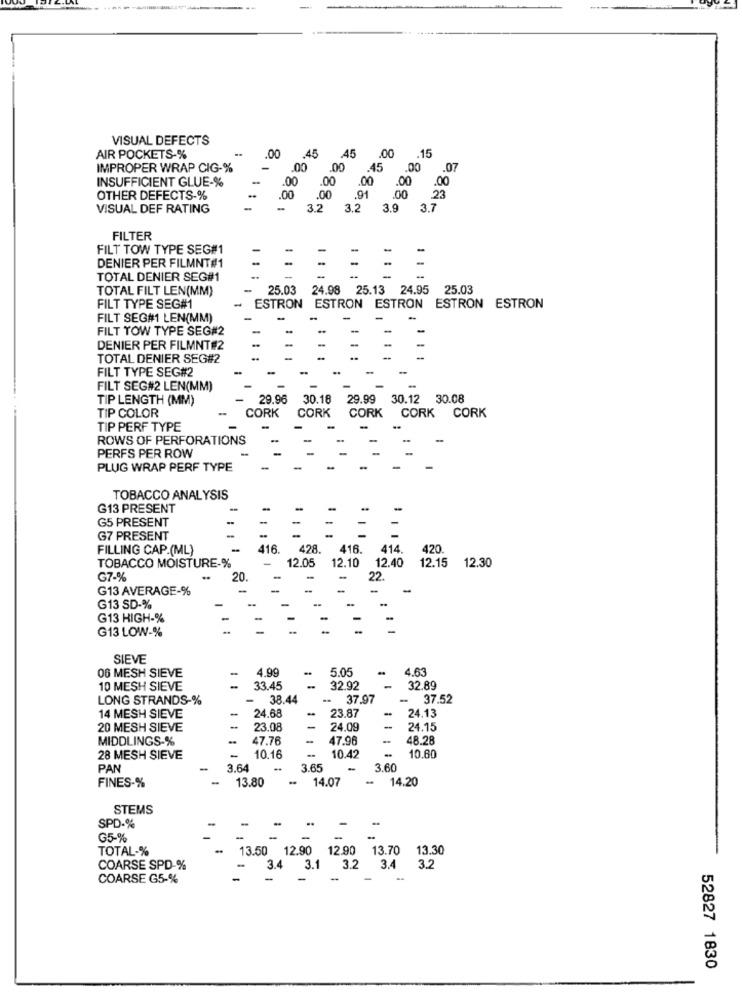
VISUAL DEFECTS
AIR POCKETS-%
.00
IMPROPER WRAP CIG-%
.07
INSUFFICIENT GLUE-%
-
.00
.00
..
.00
.00
OTHER DEFECTS-%
30
23
VISUAL DEF RATING
9888 1
4.88.8. 7
8.2. 8 6 0
3.7
98888
FILTER
FILT TOW TYPE SEG#1
-
DENIER PER FILMNT#1
-
TOTAL DENIER SEG#1
TOTAL FILT LEN(MM)
25.03
24.98 25.13 24.95 25.03
FILT TYPE SEG#1
ESTRON ESTRON ESTRON ESTRON ESTRON
FILT SEG#1 LEN(MM)
FILT TOW TYPE SEG#2
DENIER PER FILMNT#2
TOTAL DENIER SEG#2
FILT TYPE SEG#2
FILT SEG#2 LEN(MM)
TIP LENGTH (MM)
29.96
30.18
29.99
30.12 30.08
TIP COLOR
CORK
CORK
CORK
CORK CORK
TIP PERF TYPE
ROWS OF PERFORATIONS
PERFS PER ROW
PLUG WRAP PERF TYPE
TOBACCO ANALYSIS
G13 PRESENT
G5 PRESENT
-
=
-
-
G7 PRESENT
FILLING CAP.(ML)
416.
428.
416.
414.
420.
12.05
TOBACCO MOISTURE-%
12.10
12.40
12.15
12.30
G7-%
..
20
22.
G13 AVERAGE-%
G13 SD-%
G13 HIGH-%
G13 LOW-%
SIEVE
06 MESH SIEVE
4.99
5.05
4.63
-
10 MESH SIEVE
33.45
32.92
32.89
LONG STRANDS-%
38.44
37.97
-
37.52
14 MESH SIEVE
-
24.68
-
23.87
-
24.13
20 MESH SIEVE
23.08
-
24.09
24.15
MIDDLINGS-%
..
47.76
-
47.96
48.28
-
10.60
28 MESH SIEVE
10.16
10.42
PAN
3.64
3.65
-
3.60
FINES-%
-
14.20
13.80
14.07
STEMS
SPD-%
..
G5-%
TOTAL-%
13.50 12.90 12.90 13.70
13.30
COARSE SPD-%
3.4 3.1 3.2 3.4 3.2
COARSE G5-%
52827 1830